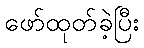
ဖော်ထုတ်ခဲ့ပြီး